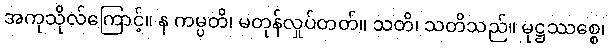
အကုသိုလ်ကြောင့်။ န ကမ္ပတိ၊ မတုန်လှုပ်တတ်။ သတိ၊ သတိသည်။ မုဋ္ဌဿစ္စေ၊